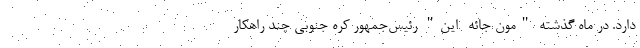
دارد. در ماه گذشته "مون جائه- این" رئیس‌جمهور کره جنوبی چند راهکار